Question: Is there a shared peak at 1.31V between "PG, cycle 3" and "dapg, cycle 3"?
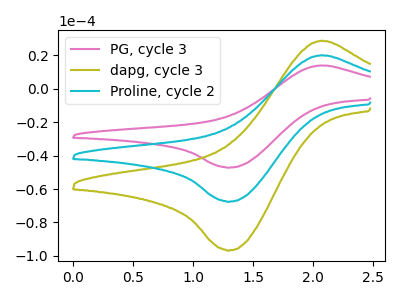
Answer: <think>The pink curve "PG, cycle 3" has an anodic peak at (2.10V, 14.05uA) and a cathodic peak at (1.30V, -47.10uA). The olive curve "dapg, cycle 3" has an anodic peak at (2.10V, 40.30uA) and a cathodic peak at (1.30V, -134.95uA). The cyan curve "Proline, cycle 2" has an anodic peak at (2.10V, 20.15uA) and a cathodic peak at (1.30V, -67.45uA).</think>
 <answer>Yes, "PG, cycle 3" and "dapg, cycle 3" share a peak at 1.31V.</answer>
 <eval>match</eval>